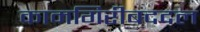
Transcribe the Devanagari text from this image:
कामगिरीबददल